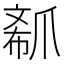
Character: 𤔟